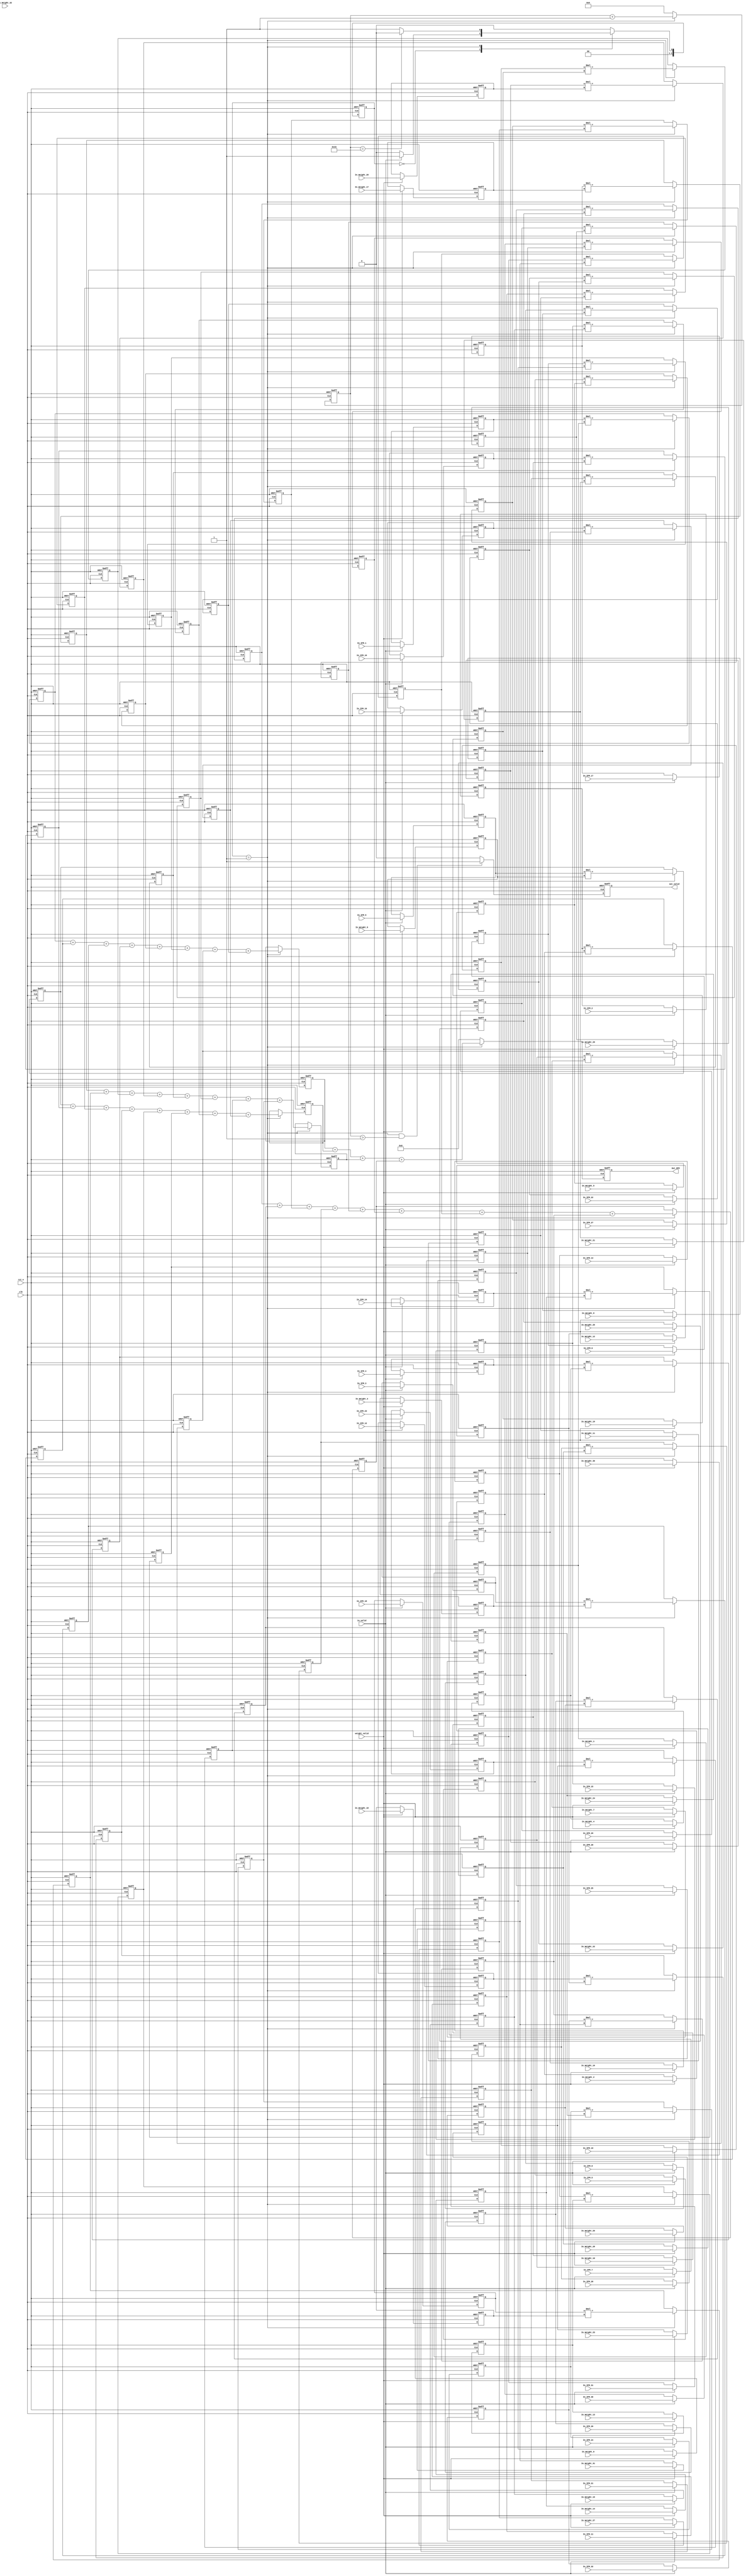
module Convolution(
    //input
    clk,
    rst_n,
    in_valid,
    weight_valid,
    In_IFM_1,
    In_IFM_2,
    In_IFM_3,
    In_IFM_4,
    In_IFM_5,
    In_IFM_6,
    In_IFM_7,
    In_IFM_8,
    In_IFM_9,
    In_IFM_10,
    In_IFM_11,
    In_IFM_12,
    In_IFM_13,
    In_IFM_14,
    In_IFM_15,
    In_IFM_16,
    In_IFM_17,
    In_IFM_18,
    In_IFM_19,
    In_IFM_20,
    In_IFM_21,
    In_IFM_22,
    In_IFM_23,
    In_IFM_24,
    In_IFM_25,
    In_IFM_26,
    In_IFM_27,
    In_IFM_28,
    In_IFM_29,
    In_IFM_30,
    In_IFM_31,
    In_IFM_32,

    In_Weight_1,
    In_Weight_2,
    In_Weight_3,
    In_Weight_4,
    In_Weight_5,
    In_Weight_6,
    In_Weight_7,
    In_Weight_8,
    In_Weight_9,
    In_Weight_10,
    In_Weight_11,
    In_Weight_12,
    In_Weight_13,
    In_Weight_14,
    In_Weight_15,
    In_Weight_16,
    In_Weight_17,
    In_Weight_18,
    In_Weight_19,
    In_Weight_20,
    In_Weight_21,
    In_Weight_22,
    In_Weight_23,
    In_Weight_24,
    In_Weight_25,
    In_Weight_26,
    In_Weight_27,
    In_Weight_28,
    In_Weight_29,
    In_Weight_30,
    In_Weight_31,
    In_Weight_32,

    //output
    out_valid, 
    Out_OFM
);

input clk, rst_n, in_valid, weight_valid;
input [3:0]In_IFM_1;
input [3:0]In_IFM_2;
input [3:0]In_IFM_3;
input [3:0]In_IFM_4;
input [3:0]In_IFM_5;
input [3:0]In_IFM_6;
input [3:0]In_IFM_7;
input [3:0]In_IFM_8;
input [3:0]In_IFM_9;
input [3:0]In_IFM_10;
input [3:0]In_IFM_11;
input [3:0]In_IFM_12;
input [3:0]In_IFM_13;
input [3:0]In_IFM_14;
input [3:0]In_IFM_15;
input [3:0]In_IFM_16;
input [3:0]In_IFM_17;
input [3:0]In_IFM_18;
input [3:0]In_IFM_19;
input [3:0]In_IFM_20;
input [3:0]In_IFM_21;
input [3:0]In_IFM_22;
input [3:0]In_IFM_23;
input [3:0]In_IFM_24;
input [3:0]In_IFM_25;
input [3:0]In_IFM_26;
input [3:0]In_IFM_27;
input [3:0]In_IFM_28;
input [3:0]In_IFM_29;
input [3:0]In_IFM_30;
input [3:0]In_IFM_31;
input [3:0]In_IFM_32;

input [3:0]In_Weight_1;
input [3:0]In_Weight_2;
input [3:0]In_Weight_3;
input [3:0]In_Weight_4;
input [3:0]In_Weight_5;
input [3:0]In_Weight_6;
input [3:0]In_Weight_7;
input [3:0]In_Weight_8;
input [3:0]In_Weight_9;
input [3:0]In_Weight_10;
input [3:0]In_Weight_11;
input [3:0]In_Weight_12;
input [3:0]In_Weight_13;
input [3:0]In_Weight_14;
input [3:0]In_Weight_15;
input [3:0]In_Weight_16;
input [3:0]In_Weight_17;
input [3:0]In_Weight_18;
input [3:0]In_Weight_19;
input [3:0]In_Weight_20;
input [3:0]In_Weight_21;
input [3:0]In_Weight_22;
input [3:0]In_Weight_23;
input [3:0]In_Weight_24;
input [3:0]In_Weight_25;
input [3:0]In_Weight_26;
input [3:0]In_Weight_27;
input [3:0]In_Weight_28;
input [3:0]In_Weight_29;
input [3:0]In_Weight_30;
input [3:0]In_Weight_31;
input [3:0]In_Weight_32;

reg [7:0]MUL_Buffer[0:1][0:3][0:3];
reg [12:0]Adder_Buffer[0:1][0:1];

output reg out_valid;
output reg [12:0] Out_OFM;

reg [2:0] state_cs, state_ns;
parameter IDLE = 2'd0;
parameter EXE = 2'd1;

reg [3:0] IFM[0:1][0:3][0:3];
reg [3:0] Weight[0:1][0:3][0:3];

reg [6:0] count_out;

integer i,j,k;

always@(posedge clk or negedge rst_n) begin
    if(!rst_n)
        state_cs <= IDLE;
    else
        state_cs <= state_ns;
end

always@(*) begin
    case(state_cs)
        IDLE:
            begin
            if(in_valid)
                state_ns = EXE;
            else
                state_ns = IDLE;
            end
        EXE:
            begin
            if(count_out == 51)
                state_ns = IDLE;
            else
                state_ns = EXE;
            end
        default:
            state_ns = IDLE;
    endcase
end

always@(posedge clk or negedge rst_n) begin
    if(!rst_n) begin
    for(i=0;i<2;i=i+1) begin
      for(j=0;j<4;j=j+1) begin
        for(k=0; k<4; k=k+1) begin
          Weight[i][j][k] <=0;
        end
      end
    end
    end

    else if(weight_valid) begin
        Weight[0][0][0] <= In_Weight_1;
        Weight[0][0][1] <= In_Weight_2;
        Weight[0][0][2] <= In_Weight_3;
        Weight[0][0][3] <= In_Weight_4;
        Weight[0][1][0] <= In_Weight_5;
        Weight[0][1][1] <= In_Weight_6;
        Weight[0][1][2] <= In_Weight_7;
        Weight[0][1][3] <= In_Weight_8;
        Weight[0][2][0] <= In_Weight_9;
        Weight[0][2][1] <= In_Weight_10;
        Weight[0][2][2] <= In_Weight_11;
        Weight[0][2][3] <= In_Weight_12;
        Weight[0][3][0] <= In_Weight_13;
        Weight[0][3][1] <= In_Weight_14;
        Weight[0][3][2] <= In_Weight_15;
        Weight[0][3][3] <= In_Weight_16;
        Weight[1][0][0] <= In_Weight_17;
        Weight[1][0][1] <= In_Weight_18;
        Weight[1][0][2] <= In_Weight_19;
        Weight[1][0][3] <= In_Weight_20;
        Weight[1][1][0] <= In_Weight_21;
        Weight[1][1][1] <= In_Weight_22;
        Weight[1][1][2] <= In_Weight_23;
        Weight[1][1][3] <= In_Weight_24;
        Weight[1][2][0] <= In_Weight_25;
        Weight[1][2][1] <= In_Weight_26;
        Weight[1][2][2] <= In_Weight_27;
        Weight[1][2][3] <= In_Weight_28;
        Weight[1][3][0] <= In_Weight_29;
        Weight[1][3][1] <= In_Weight_30;
        Weight[1][3][2] <= In_Weight_31;
        Weight[1][3][3] <= In_Weight_32;
    end
end

always@(posedge clk or negedge rst_n) begin
    if(!rst_n) begin
    for(i=0;i<2;i=i+1) begin
      for(j=0;j<4;j=j+1) begin
        for(k=0; k<4; k=k+1) begin
          IFM[i][j][k] <=0;
        end
      end
    end
    end

    else if(in_valid) begin
        IFM[0][0][0] <= In_IFM_1;
        IFM[0][0][1] <= In_IFM_2;
        IFM[0][0][2] <= In_IFM_3;
        IFM[0][0][3] <= In_IFM_4;
        IFM[0][1][0] <= In_IFM_5;
        IFM[0][1][1] <= In_IFM_6;
        IFM[0][1][2] <= In_IFM_7;
        IFM[0][1][3] <= In_IFM_8;
        IFM[0][2][0] <= In_IFM_9;
        IFM[0][2][1] <= In_IFM_10;
        IFM[0][2][2] <= In_IFM_11;
        IFM[0][2][3] <= In_IFM_12;
        IFM[0][3][0] <= In_IFM_13;
        IFM[0][3][1] <= In_IFM_14;
        IFM[0][3][2] <= In_IFM_15;
        IFM[0][3][3] <= In_IFM_16;
        IFM[1][0][0] <= In_IFM_17;
        IFM[1][0][1] <= In_IFM_18;
        IFM[1][0][2] <= In_IFM_19;
        IFM[1][0][3] <= In_IFM_20;
        IFM[1][1][0] <= In_IFM_21;
        IFM[1][1][1] <= In_IFM_22;
        IFM[1][1][2] <= In_IFM_23;
        IFM[1][1][3] <= In_IFM_24;
        IFM[1][2][0] <= In_IFM_25;
        IFM[1][2][1] <= In_IFM_26;
        IFM[1][2][2] <= In_IFM_27;
        IFM[1][2][3] <= In_IFM_28;
        IFM[1][3][0] <= In_IFM_29;
        IFM[1][3][1] <= In_IFM_30;
        IFM[1][3][2] <= In_IFM_31;
        IFM[1][3][3] <= In_IFM_32;
    end
end

always@(posedge clk or negedge rst_n) begin
    if(!rst_n)
        count_out <= 0;
    else if(state_cs == EXE)
        count_out <= count_out + 1;
    else
        count_out <= 0;
end

always@(posedge clk or negedge rst_n) begin
    if(!rst_n)
        out_valid <= 0;
    else if(state_cs == EXE && count_out >1)
        out_valid <= 1;
    else
        out_valid <= 0;
end

always @(posedge clk or negedge rst_n) begin
  if (!rst_n) begin
    for(i=0;i<2;i=i+1) begin
      for(j=0;j<4;j=j+1) begin
        for(k=0; k<4; k=k+1) begin
          MUL_Buffer[i][j][k] <=0;
        end
      end
    end
  end
  else if(state_cs == EXE) begin
        MUL_Buffer[0][0][0] <= IFM[0][0][0]*Weight[0][0][0];
        MUL_Buffer[0][0][1] <= IFM[0][0][1]*Weight[0][0][1];
        MUL_Buffer[0][0][2] <= IFM[0][0][2]*Weight[0][0][2];
        MUL_Buffer[0][0][3] <= IFM[0][0][3]*Weight[0][0][3];
        MUL_Buffer[0][1][0] <= IFM[0][1][0]*Weight[0][1][0];
        MUL_Buffer[0][1][1] <= IFM[0][1][1]*Weight[0][1][1];
        MUL_Buffer[0][1][2] <= IFM[0][1][2]*Weight[0][1][2];
        MUL_Buffer[0][1][3] <= IFM[0][1][3]*Weight[0][1][3];
        MUL_Buffer[0][2][0] <= IFM[0][2][0]*Weight[0][2][0];
        MUL_Buffer[0][2][1] <= IFM[0][2][1]*Weight[0][2][1];
        MUL_Buffer[0][2][2] <= IFM[0][2][2]*Weight[0][2][2];
        MUL_Buffer[0][2][3] <= IFM[0][2][3]*Weight[0][2][3];
        MUL_Buffer[0][3][0] <= IFM[0][3][0]*Weight[0][3][0];
        MUL_Buffer[0][3][1] <= IFM[0][3][1]*Weight[0][3][1];
        MUL_Buffer[0][3][2] <= IFM[0][3][2]*Weight[0][3][2];
        MUL_Buffer[0][3][3] <= IFM[0][3][3]*Weight[0][3][3];
        MUL_Buffer[1][0][0] <= IFM[1][0][0]*Weight[1][0][0];
        MUL_Buffer[1][0][1] <= IFM[1][0][1]*Weight[1][0][1];
        MUL_Buffer[1][0][2] <= IFM[1][0][2]*Weight[1][0][2];
        MUL_Buffer[1][0][3] <= IFM[1][0][3]*Weight[1][0][3];
        MUL_Buffer[1][1][0] <= IFM[1][1][0]*Weight[1][1][0];
        MUL_Buffer[1][1][1] <= IFM[1][1][1]*Weight[1][1][1];
        MUL_Buffer[1][1][2] <= IFM[1][1][2]*Weight[1][1][2];
        MUL_Buffer[1][1][3] <= IFM[1][1][3]*Weight[1][1][3];
        MUL_Buffer[1][2][0] <= IFM[1][2][0]*Weight[1][2][0];
        MUL_Buffer[1][2][1] <= IFM[1][2][1]*Weight[1][2][1];
        MUL_Buffer[1][2][2] <= IFM[1][2][2]*Weight[1][2][2];
        MUL_Buffer[1][2][3] <= IFM[1][2][3]*Weight[1][2][3];
        MUL_Buffer[1][3][0] <= IFM[1][3][0]*Weight[1][3][0];
        MUL_Buffer[1][3][1] <= IFM[1][3][1]*Weight[1][3][1];
        MUL_Buffer[1][3][2] <= IFM[1][3][2]*Weight[1][3][2];
        MUL_Buffer[1][3][3] <= IFM[1][3][3]*Weight[1][3][2];
        
  end
end

always @(posedge clk or negedge rst_n) begin
  if (!rst_n) begin
    for(i=0;i<2;i=i+1) begin
      for(j=0;j<2;j=j+1) begin
          Adder_Buffer[i][j] <=0;
      end
    end
  end
  else if(state_cs == EXE) begin
      Adder_Buffer[0][0] <= MUL_Buffer[0][0][0] + MUL_Buffer[0][0][1] + MUL_Buffer[0][0][2] + MUL_Buffer[0][0][3] + MUL_Buffer[0][1][0] + MUL_Buffer[0][1][1] + MUL_Buffer[0][1][2] + MUL_Buffer[0][1][3];
      Adder_Buffer[0][1] <= MUL_Buffer[0][2][0] + MUL_Buffer[0][2][1] + MUL_Buffer[0][2][2] + MUL_Buffer[0][2][3] + MUL_Buffer[0][3][0] + MUL_Buffer[0][3][1] + MUL_Buffer[0][3][2] + MUL_Buffer[0][3][3];
      Adder_Buffer[1][0] <= MUL_Buffer[1][0][0] + MUL_Buffer[1][0][1] + MUL_Buffer[1][0][2] + MUL_Buffer[1][0][3] + MUL_Buffer[1][1][0] + MUL_Buffer[1][1][1] + MUL_Buffer[1][1][2] + MUL_Buffer[1][1][3];
      Adder_Buffer[1][1] <= MUL_Buffer[1][2][0] + MUL_Buffer[1][2][1] + MUL_Buffer[1][2][2] + MUL_Buffer[1][2][3] + MUL_Buffer[1][3][0] + MUL_Buffer[1][3][1] + MUL_Buffer[1][3][2] + MUL_Buffer[1][3][3];


  end
end

always@(posedge clk or negedge rst_n) begin
    if(!rst_n)
        Out_OFM <= 0;
    else if(state_cs == EXE) begin
        Out_OFM <= Adder_Buffer[0][0]
        + Adder_Buffer[0][1]
        + Adder_Buffer[1][0]
        + Adder_Buffer[1][1];
    end
    else
        Out_OFM <= 0;
end

endmodule